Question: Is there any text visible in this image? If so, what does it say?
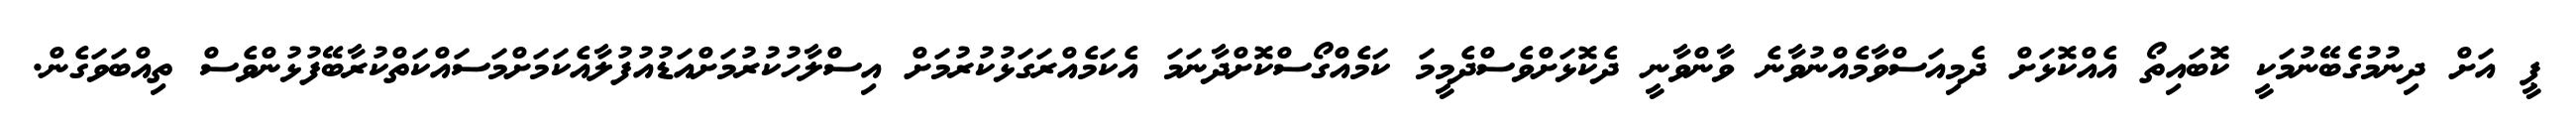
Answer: ޕީ އަށް ދިނުމުގެބޭނުމަކީ ކޮބައިތޯ އެއްކޮޅަށް ދެމިއަސްވާމެއްނުވާނެ ވާންވާނީ ދެކޮޅަށްވެސްދެމީމަ ކަމެއްގޯސްކޮށްދާނަމަ އެކަމެއްރަގަޅުކުރުމަށް އިސްލާހުކުރުމަށްއަޑުއުފުލާއެކަމަށްމަސައްކަތްކުރާބޭފުޅުންވެސް ތިއްބަވަގެން.